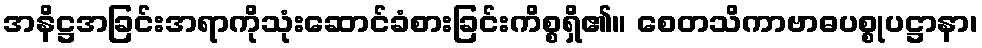
အနိဋ္ဌအခြင်းအရာကိုသုံးဆောင်ခံစားခြင်းကိစ္စရှိ၏။ စေတသိကာဗာဓပစ္စုပဋ္ဌာနာ၊